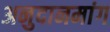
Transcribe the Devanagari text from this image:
अनुदानमांग